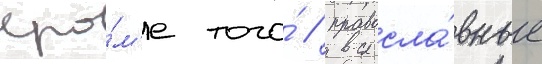
Кро́м'е того́ / правосла́вные